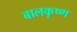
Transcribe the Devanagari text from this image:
बालकृष्‍ण